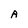
Character: A